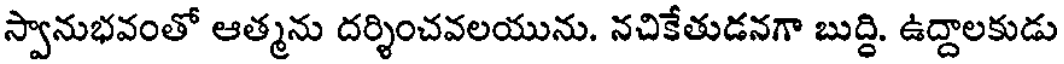
స్వానుభవంతో ఆత్మను దర్శించవలయును. నచికేతుడనగా బుద్ది. ఉద్దాలకుడు